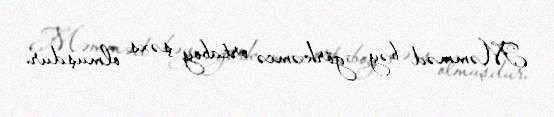
Məmməd bəy görkəmcə ortaboy şəxs olmuşdur.